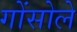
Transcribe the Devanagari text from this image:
गोंसोले